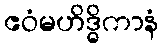
ဧဝံမဟိဒ္ဓိကာနံ